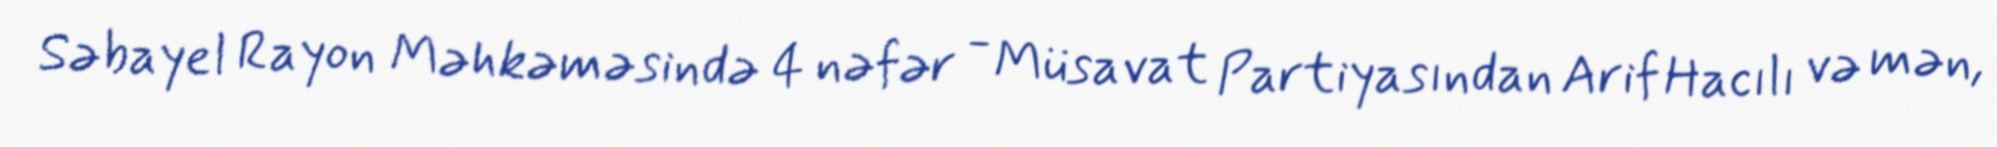
Səbayel Rayon Məhkəməsində 4 nəfər - Müsavat Partiyasından Arif Hacılı və mən,